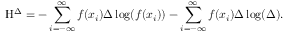
\mathrm { H } ^ { \Delta } = - \sum _ { i = - \infty } ^ { \infty } f ( x _ { i } ) \Delta \log ( f ( x _ { i } ) ) - \sum _ { i = - \infty } ^ { \infty } f ( x _ { i } ) \Delta \log ( \Delta ) .